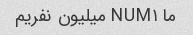
ما NUM۱ میلیون نفریم